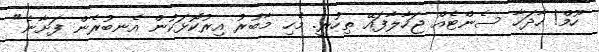
ހޫމް! ހާދަހާ ސެންޓެއް ޖަހާލާފައޭ ތިހުރީ. މެހި މާބުރު އިރުކޮޅަކުން އެނބުރެން ފަށާނެ"